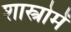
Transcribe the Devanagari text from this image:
शास्त्रोमें